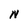
Character: N